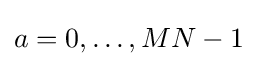
a=0,\ldots ,MN-1